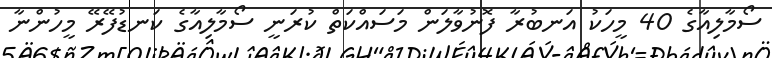
ސޯމާލިއާގެ 40 މީހަކު އަނބުރާ ފޮނުވާލަން މަސައްކަތް ކުރަނީ ސޯމާލިއާގެ ކަނޑުފޭރޭ މީހުންނާ